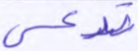
تدعى